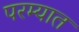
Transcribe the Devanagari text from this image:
परम्यात